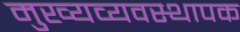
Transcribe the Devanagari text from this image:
मुख्यव्यवस्थापक